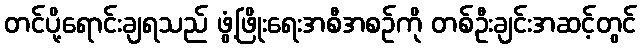
တင်ပို့ရောင်းချရသည် ဖွံ့ဖြိုးရေးအစီအစဉ်ကို တစ်ဦးချင်းအဆင့်တွင်